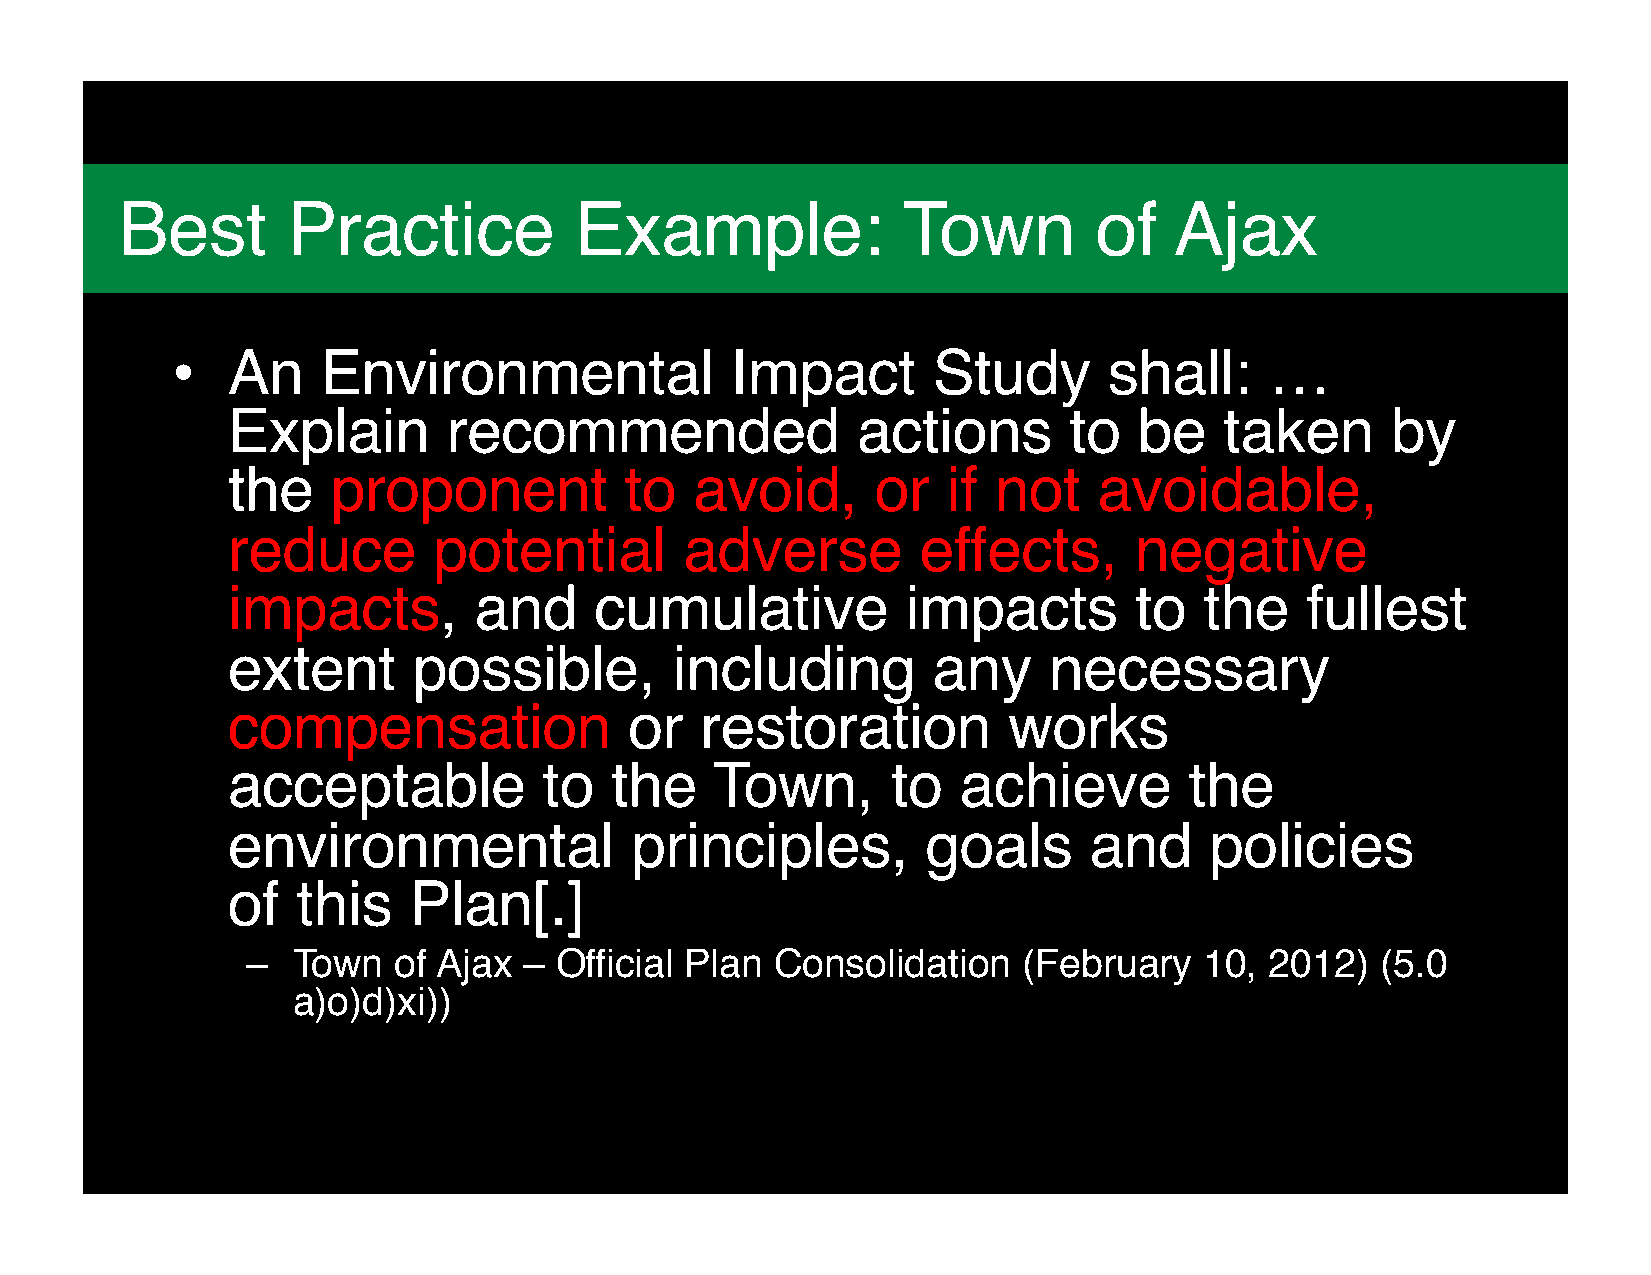
Who          is   Ontario             Nature?
 Best       Practice           Example:              Town        of    Ajax
 •
 An    Environmental              Impact        Study      shall:     …
 Explain        recommended                actions       to  be    taken      by
 the    proponent          to   avoid,      or   if not    avoidable,
 reduce        potential       adverse         effects,      negative
 impacts,        and     cumulative           impacts        to   the   fullest
 extent      possible,         including        any    necessary
 compensation               or  restoration          works
 acceptable           to  the    Town,       to  achieve         the
 environmental              principles,        goals      and     policies
 of   this   Plan[.]
 –  Town   of Ajax  – Official Plan Consolidation    (February   10, 2012)  (5.0
 a)o)d)xi))